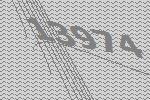
13974